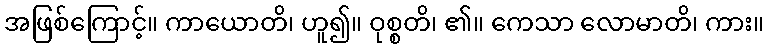
အဖြစ်ကြောင့်။ ကာယောတိ၊ ဟူ၍။ ဝုစ္စတိ၊ ၏။ ကေသာ လောမာတိ၊ ကား။